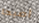
أصبحا